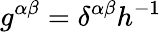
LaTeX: g^{\alpha\beta}=\delta^{\alpha\beta}h^{-1}